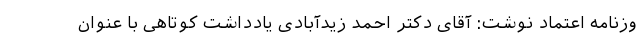
وزنامه اعتماد نوشت: آقای دکتر احمد زیدآبادی یادداشت کوتاهی با عنوان